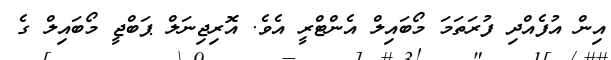
އިން އުފެއްދި ފުރަތަމަ މޯބައިލް އެންޓްރީ އެވެ. އޮރިޖިނަލް ޕަބްޖީ މޯބައިލް ގެ